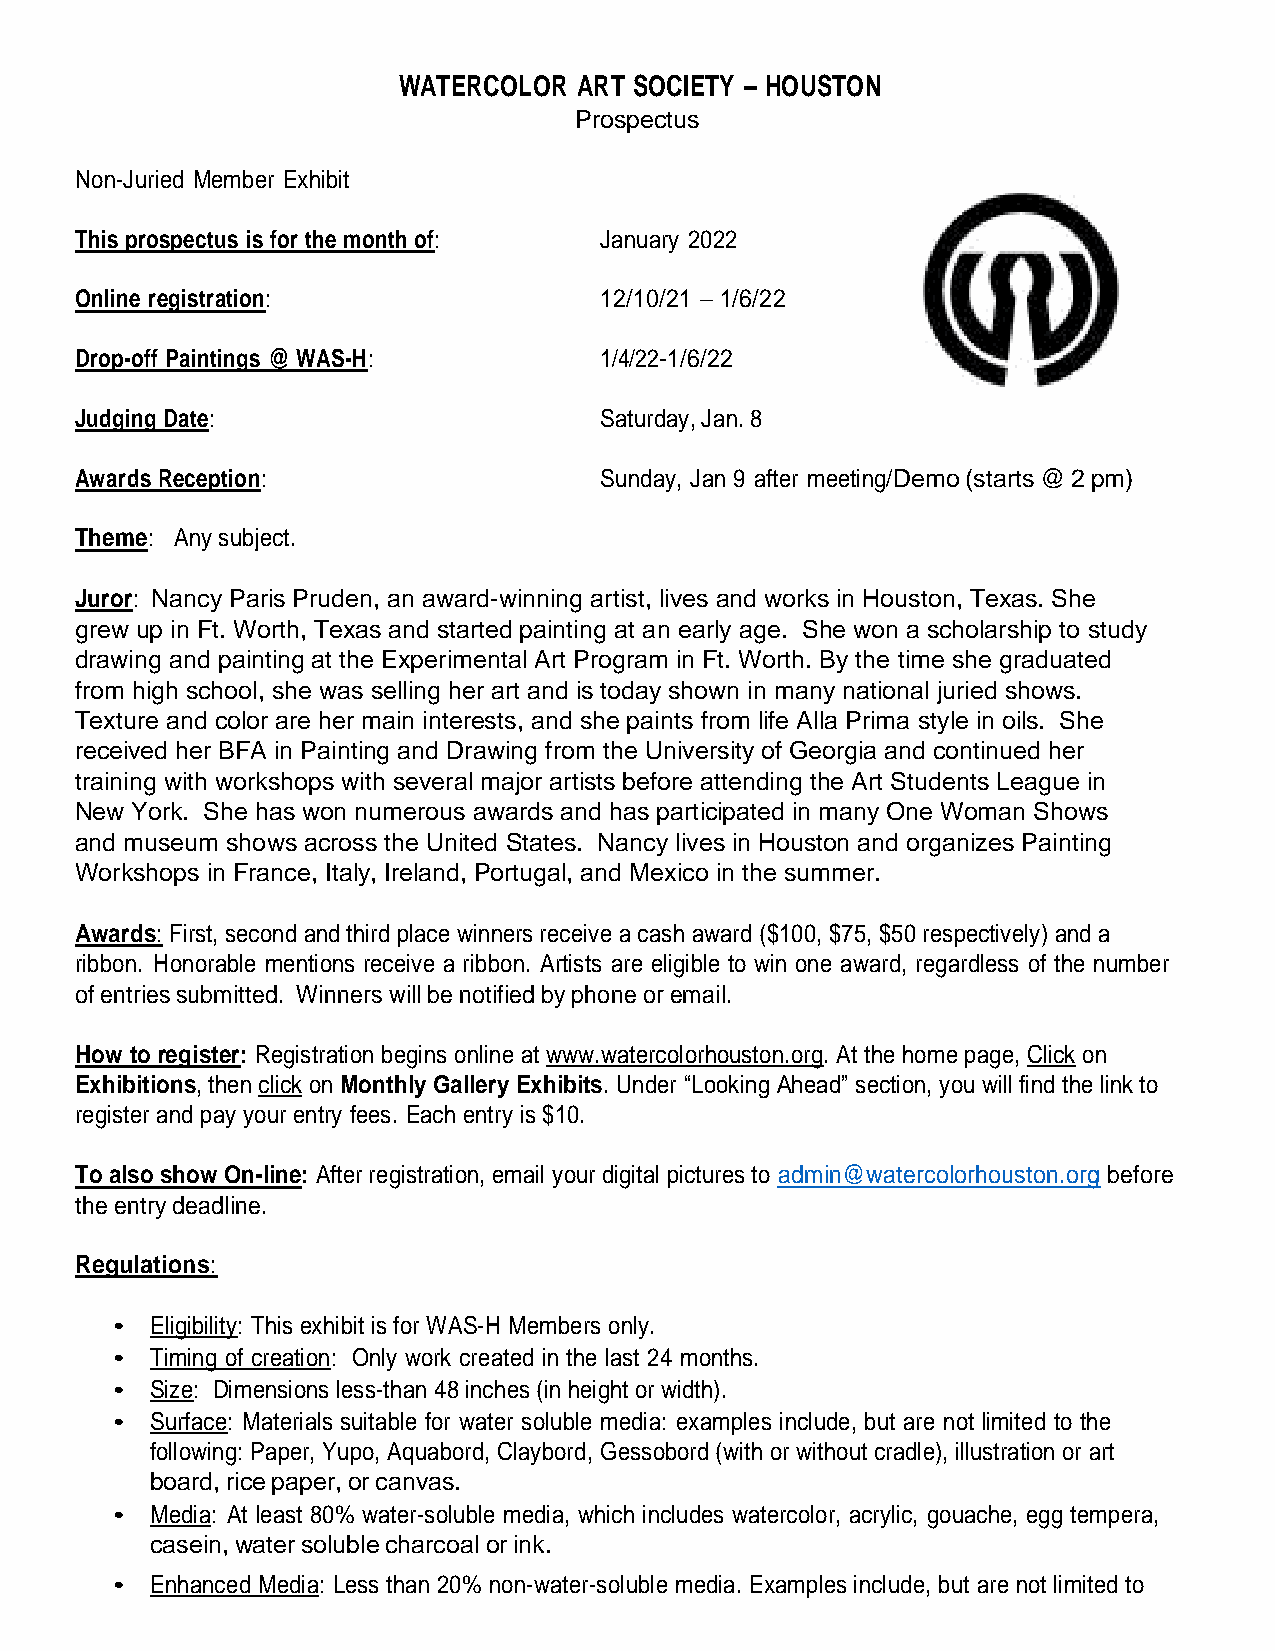
WATERCOLOR  ART SOCIETY – HOUSTON
 Prospectus
 Non-Juried Member Exhibit
 This prospectus is for the month of: January 2022
 Online registration:               12/10/21 – 1/6/22
 Drop-off Paintings @ WAS-H:        1/4/22-1/6/22
 Judging Date:                      Saturday, Jan. 8
 Awards Reception:                  Sunday, Jan 9 after meeting/ Demo (starts @ 2 pm)
 Theme: Any subject.
 Juror: Nancy Paris Pruden, an award-winning artist, lives and works in Houston, Texas. She
 grew up in Ft. Worth, Texas and started painting at an early age. She won a scholarship to study
 drawing and painting at the Experimental Art Program in Ft. Worth. By the time she graduated
 from high school, she was selling her art and is today shown in many national juried shows.
 Texture and color are her main interests, and she paints from life Alla Prima style in oils. She
 received her BFA in Painting and Drawing from the University of Georgia and continued her
 training with workshops with several major artists before attending the Art Students League in
 New York. She has won numerous awards and has participated in many One Woman Shows
 and museum shows across the United States. Nancy lives in Houston and organizes Painting
 Workshops in France, Italy, Ireland, Portugal, and Mexico in the summer.
 Awards: First, second and third place winners receive a cash award ($100, $75, $50 respectively) and a
 ribbon. Honorable mentions receive a ribbon. Artists are eligible to win one award, regardless of the number
 of entries submitted. Winners will be notified by phone or email.
 How to register: Registration begins online at www.watercolorhouston.org. At the home page, Click on
 Exhibitions, then click on Monthly Gallery Exhibits. Under “Looking Ahead” section, you will find the link to
 register and pay your entry fees. Each entry is $10.
 To also show On-line: After registration, email your digital pictures to admin@watercolorhouston.org before
 the entry deadline.
 Regulations:
 •  Eligibility: This exhibit is for WAS-H Members only.
 •  Timing of creation: Only work created in the last 24 months.
 •  Size: Dimensions less-than 48 inches (in height or width).
 •  Surface: Materials suitable for water soluble media: examples include, but are not limited to the
 following: Paper, Yupo, Aquabord, Claybord, Gessobord (with or without cradle), illustration or art
 board, rice paper, or canvas.
 •  Media: At least 80% water-soluble media, which includes watercolor, acrylic, gouache, egg tempera,
 casein, water soluble charcoal or ink.
 •  Enhanced Media: Less than 20% non-water-soluble media. Examples include, but are not limited to